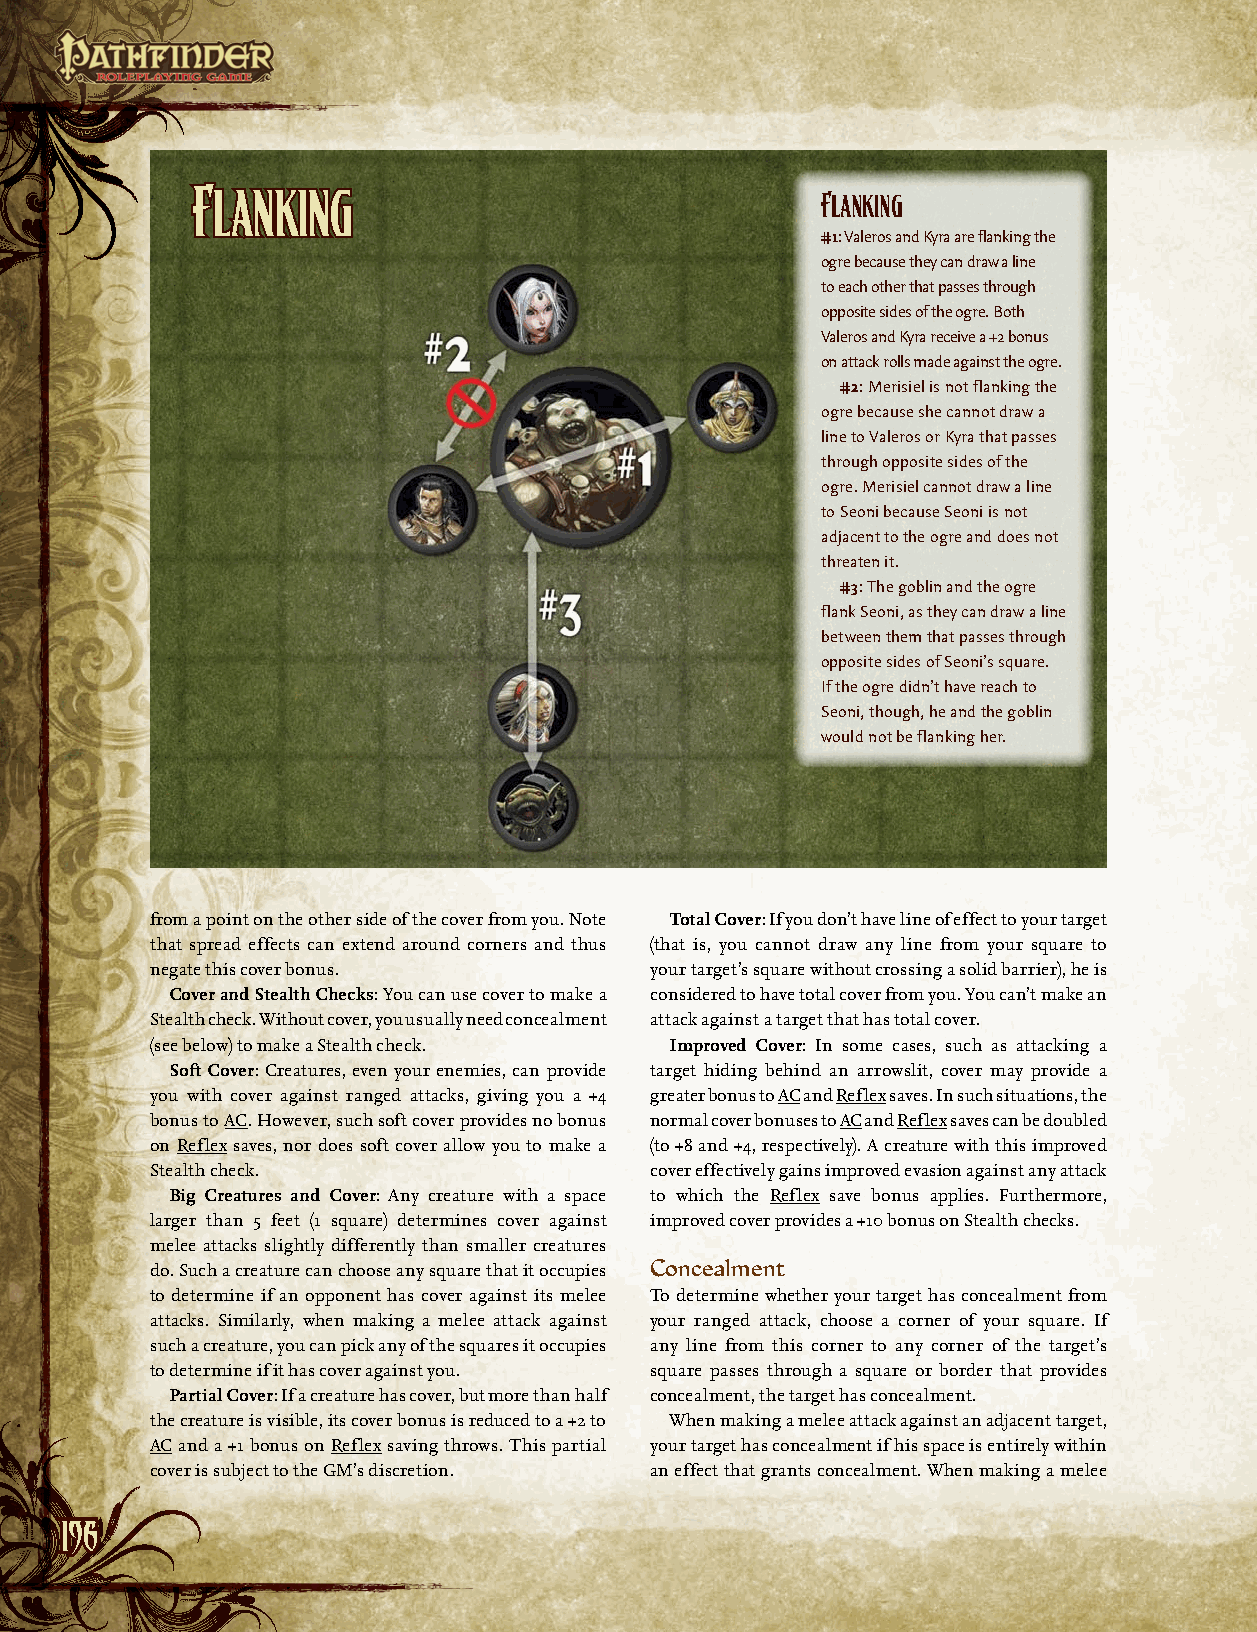
Flanking
 Flanking
 #1: Valeros and Kyra are flanking the
 ogre because they can draw a line
 to each other that passes through
 opposite sides of the ogre. Both
 Valeros and Kyra receive a +2 bonus
 on attack rolls made against the ogre.
 #2: Merisiel is not flanking the
 ogre because she cannot draw a
 line to Valeros or Kyra that passes
 through opposite sides of the
 ogre. Merisiel cannot draw a line
 to Seoni because Seoni is not
 adjacent to the ogre and does not
 threaten it.
 #3: The goblin and the ogre
 flank Seoni, as they can draw a line
 between them that passes through
 opposite sides of Seoni’s square.
 If the ogre didn’t have reach to
 Seoni, though, he and the goblin
 would not be flanking her.
 from a point on the other side of the cover from you. Note Total Cover: If you don’t have line of effect to your target
 that spread effects can extend around corners and thus (that is, you cannot draw any line from your square to
 negate this cover bonus.         your target’s square without crossing a solid barrier), he is
 Cover and Stealth Checks: You can use cover to make a considered to have total cover from you. You can’t make an
 Stealth check. Without cover, you usually need concealment attack against a target that has total cover.
 (see below) to make a Stealth check. Improved Cover: In some cases, such as attacking a
 Soft Cover: Creatures, even your enemies, can provide target hiding behind an arrowslit, cover may provide a
 you with cover against ranged attacks, giving you a +4 greater bonus to AC and Reflex saves. In such situations, the
 bonus to AC. However, such soft cover provides no bonus normal cover bonuses to AC and Reflex saves can be doubled
 on Reflex saves, nor does soft cover allow you to make a (to +8 and +4, respectively). A creature with this improved
 Stealth check.                   cover effectively gains improved evasion against any attack
 Big Creatures and Cover: Any creature with a space to which the Reflex save bonus applies. Furthermore,
 larger than 5 feet (1 square) determines cover against improved cover provides a +10 bonus on Stealth checks.
 melee attacks slightly differently than smaller creatures
 do. Such a creature can choose any square that it occupies Concealment
 to determine if an opponent has cover against its melee To determine whether your target has concealment from
 attacks. Similarly, when making a melee attack against your ranged attack, choose a corner of your square. If
 such a creature, you can pick any of the squares it occupies any line from this corner to any corner of the target’s
 to determine if it has cover against you. square passes through a square or border that provides
 Partial Cover: If a creature has cover, but more than half concealment, the target has concealment.
 the creature is visible, its cover bonus is reduced to a +2 to When making a melee attack against an adjacent target,
 AC and a +1 bonus on Reflex saving throws. This partial your target has concealment if his space is entirely within
 cover is subject to the GM’s discretion. an effect that grants concealment. When making a melee
 119966